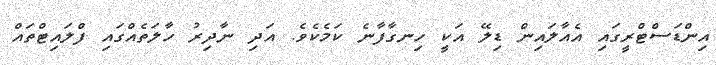
އިންޑަސްޓްރީގައި އެއާލައިން ޑިލޭ އަކީ ހިނގާފާނެ ކަމެކެވެ. އަދި ނާދިރު ހާލަތެއްގައި ފްލައިޓްތައް